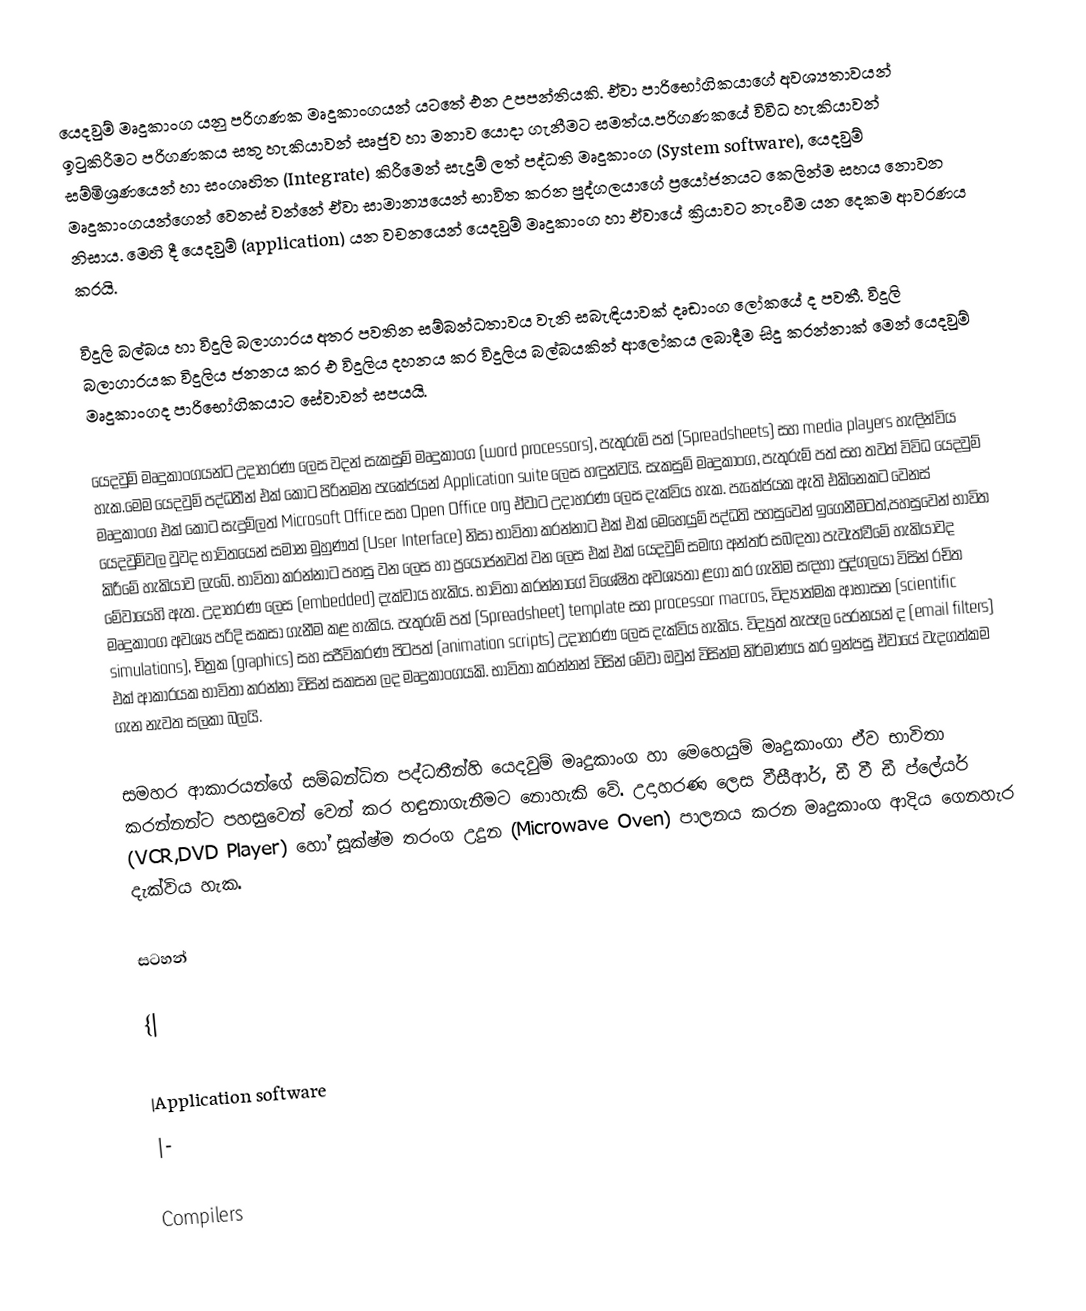
යෙදවුම් මෘදුකාංග යනු පරිගණක මෘදුකාංගයන් යටතේ එන උපපන්තියකි. ඒවා පාරිභෝගිකයාගේ අවශ්‍යතාවයන් ඉටුකිරීමට පරිගණකය සතු හැකියාවන් සෘජුව හා මනාව යොදා ගැනීමට සමත්ය.පරිගණකයේ විවිධ හැකියාවන් සම්මිශ්‍රණයෙන් හා සංගෘහිත ‍‍(Integrate) කිරීමෙන් සැදුම් ලත් පද්ධති මෘදුකාංග (System software), යෙදවුම් මෘදුකාංගයන්ගෙන් වෙනස් වන්නේ ‍ඒවා සාමාන්‍යයෙන් භාවිත කරන පුද්ගලයාගේ ප්‍රයෝජනයට කෙලින්ම සහය නොවන නිසාය. මෙහි දී යෙදවුම් (application) යන වචනයෙන් යෙදවුම් මෘදුකාංග හා ඒවායේ ක්‍රියාවට නැංවීම යන දෙකම ආවරණය කරයි.

විදුලි බල්බය හා විදුලි බලාගාරය අතර පවතින සම්බන්ධතාවය වැනි සබැඳියාවක් දෘඩාංග ලෝකයේ ද පවතී. විදුලි බලාගාරයක විදුලිය ජනනය කර එ විදුලිය දහනය කර විදුලිය බල්බයකින් ආ‍ලෝකය ලබාදීම සිදු කරන්නාක් මෙන් යෙදවුම් මෘදුකාංගද පාරිභෝගිකයාට සේවාවන් සපයයි.

යෙදවුම් මෘදුකාංගයන්ට උදාහරණ ලෙස වදන් සැකසුම් මෘදුකාංග (word processors), පැතුරුම් පත් (Spreadsheets) සහ media players හැඳින්විය හැක.මෙම යෙදවුම් පද්ධතීන් එක් කොට පිරිනමන පැකේජයන් Application suite ලෙස හඳුන්වයි. සැකසුම් මෘදුකාංග, පැතුරුම් පත් සහ තවත් විවිධ යෙදවුම් මෘදුකාංග එක් කොට සැදුම්ලත් Microsoft Office සහ Open Office org ඒවාට උදාහරණ ලෙස දැක්විය හැක. පැකේජයක ඇති එකිනෙකට වෙනස් යෙදවුම්වල වුවද භාවිතයෙන් සමාන මුහුණත් ‍(User Interface) නිසා භාවිතා කරන්නාට එක් එක් මෙහෙයුම් පද්ධති පහසුවෙන් ඉගෙනීමටත්,පහසුවෙන් භාවිත කිරී‍මේ හැකියාව ලැබේ. භාවිතා කරන්නාට පහසු වන ලෙස හා ප්‍රයෝජනවත් වන ලෙස එක් එක් යෙදවුම් සමඟ අන්තර් සබඳතා පැවැත්වීමේ හැකියාවද මේවායෙහි ඇත. උදාහරණ ලෙස (embedded) දැක්වාය හැකිය. භාවිතා කරන්නාගේ විශේෂිත අවශ්‍යතා ළගා කර ගැනිම සඳහා පුද්ගලයා විසින් රචිත මෘදුකාංග අවශ්‍ය පරිදි සකසා ගැනීම කළ හැකිය. පැතුරුම් පත් (Spreadsheet) template සහ processor macros, විද්‍යාත්මක ආභාසන (scientific simulations), චිත්‍රක (graphics) සහ සජීවිකරණ පිටපත් (animation scripts) උදාහරණ ලෙස දැක්විය හැකිය. විද්‍යුත් තැපෑල පෙරනයන් ද (email filters) එක් ආකාරයක භාවිතා කරන්නා විසින් සකසන ලද මෘදුකාංගයකි. භාවිතා කරන්නන් විසින් මේවා ඔවුන් විසින්ම නිර්මාණය කර ඉන්පසු ඒවායේ වැදගත්කම ගැන නැවත සලකා බලයි.

සමහර ආකාරයන්ගේ සම්බන්ධිත පද්ධතීන්හි යෙදවුම් මෘදුකාංග හා මෙහෙයුම් මෘදුකාංගා ඒව භාවිතා කරන්නන්ට පහසුවෙන් වෙන් කර හඳුනාගැනීමට නොහැකි වේ. උදාහරණ ලෙස වීසීආර්, ඩී වී ඩී ප්ලේයර් (VCR,DVD Player) හෝ සූක්ෂ්ම තරංග උදුන (Microwave Oven) පාලනය කරන මෘදුකාංග ආදිය ‍ගෙනහැර දැක්විය හැක.

සටහන්

{|

|Application software
|-

Compilers